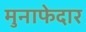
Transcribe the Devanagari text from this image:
मुनाफेदार